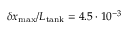
\delta x _ { \mathrm { m a x } } / L _ { \mathrm { t a n k } } = 4 . 5 \cdot 1 0 ^ { - 3 }